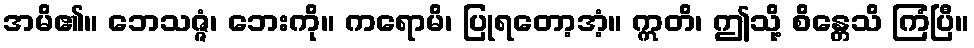
အမိ၏။ ဘေသဇ္ဇံ၊ ဘေးကို။ ကရောမိ၊ ပြုရတော့အံ့။ ဣတိ၊ ဤသို့ စိန္တေသိ ကြံပြီ။